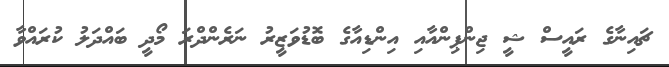
ޗައިނާގެ ރައީސް ޝީ ޖިންޕިންއާއި އިންޑިއާގެ ބޮޑުވަޒީރު ނަރެންދްރަ މޯދީ ބައްދަލު ކުރައްވާ